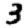
Digit: 3